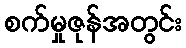
စက်မှုဇုန်အတွင်း